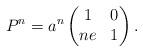
LaTeX: \begin{align*}P^n = a^n \begin{pmatrix}1 & 0 \\ ne & 1\end{pmatrix}.\end{align*}